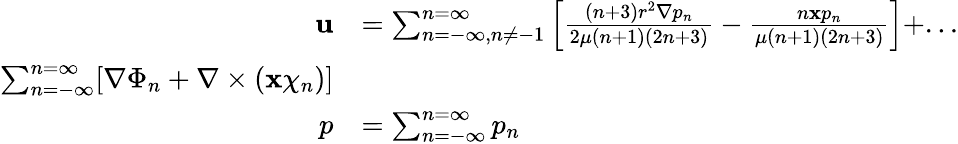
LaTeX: {\begin{array}{rl}{\mathbf{u}}&{=\sum_{n=-\infty,n\neq-1}^{n=\infty}\left[{\frac{(n+3)r^{2}\nabla p_{n}}{2\mu(n+1)(2n+3)}}-{\frac{n\mathbf{x}p_{n}}{\mu(n+1)(2n+3)}}\right]+...}\\ {\sum_{n=-\infty}^{n=\infty}[\nabla\Phi_{n}+\nabla\times(\mathbf{x}\chi_{n})]}\\ {p}&{=\sum_{n=-\infty}^{n=\infty}p_{n}}\end{array}}